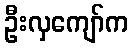
ဦးလှကျော်က